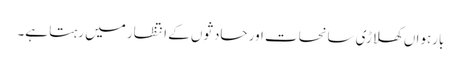
بارہواں کھلاڑی سانحات اور حادثوں کے انتظار میں رہتا ہے۔